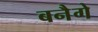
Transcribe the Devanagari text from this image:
बनैगे